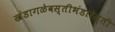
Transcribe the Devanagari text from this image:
खंडागळेवस्तीभंडारेस्ती